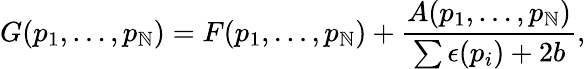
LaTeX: G(p_{1},\ldots,p_{\mathbb{N}})=F(p_{1},\ldots,p_{\mathbb{N}})+{\frac{{A(p_{1},\ldots,p_{\mathbb{N}})}}{{\sum\epsilon(p_{i})+2b}}},